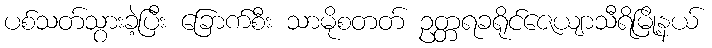
ပစ်သတ်သွားခဲ့ပြီး ခြောက်စီး သာမိုစတတ် ဥတ္တရခရိုင်ဇေယျာသီရိမြို့နယ်